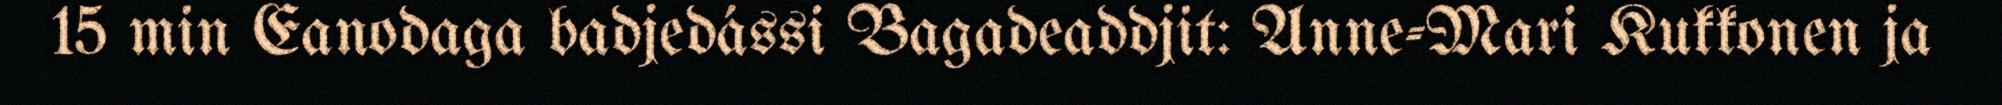
15 min Eanodaga badjedássi Bagadeaddjit: Anne-Mari Kukkonen ja